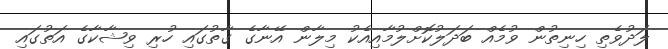
ލަދުވެތި ހިނިތުން ވުމެއް ބަދަލުކޮށްލުމާއިއެކު މިލާން އޭނާގެ ގާތުގައި ހުރި ވިޝާކާގެ އަތުގައި